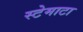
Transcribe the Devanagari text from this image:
स्टेमाटा